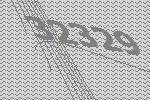
32329